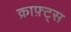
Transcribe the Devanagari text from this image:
क्राफ़्ट्स